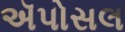
ઍપોસલ